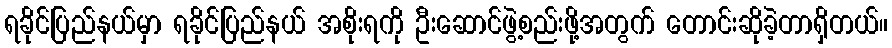
ရခိုင်ပြည်နယ်မှာ ရခိုင်ပြည်နယ် အစိုးရကို ဦးဆောင်ဖွဲ့စည်းဖို့အတွက် တောင်းဆိုခဲ့တာရှိတယ်။